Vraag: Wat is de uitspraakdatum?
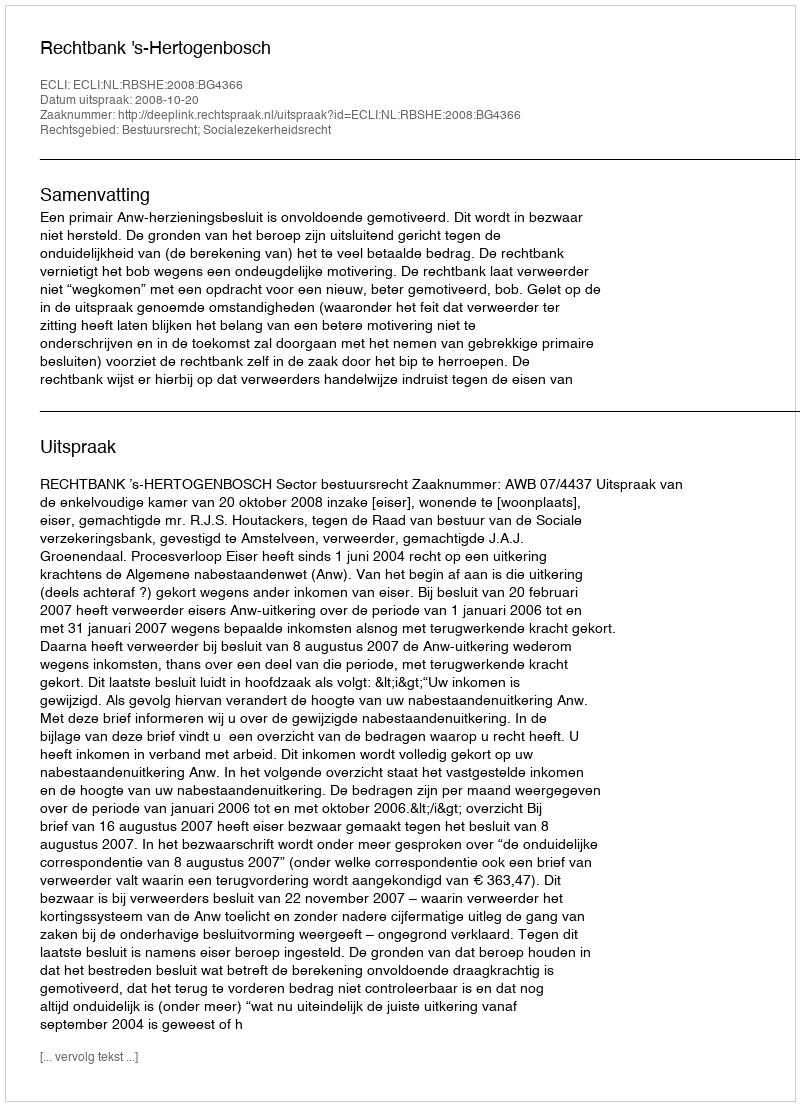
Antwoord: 2008-10-20